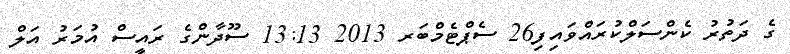
ގެ ދަތުރު ކެންސަލްކުރައްވައިފި26 ސެޕްޓެމްބަރ 2013 13:13 ސޫދާންގެ ރައީސް އުމަރު އަލް